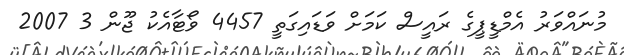
މުނައްވަރު އެމްޑީޕީގެ ރައީސް ކަމަށް ވަޑައިގަތީ 4457 ވޯޓާއެކު ޖޫން 3 2007